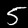
Label: 5